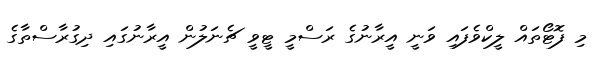
މި ފޮޓޯތައް ލީކްވެފައި ވަނީ އީރާނުގެ ރަސްމީ ޓީވީ ޗެނަލުން އީރާނުގައި ދިގުރާސްތާގެ